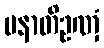
ပနာတိဥဏှံ